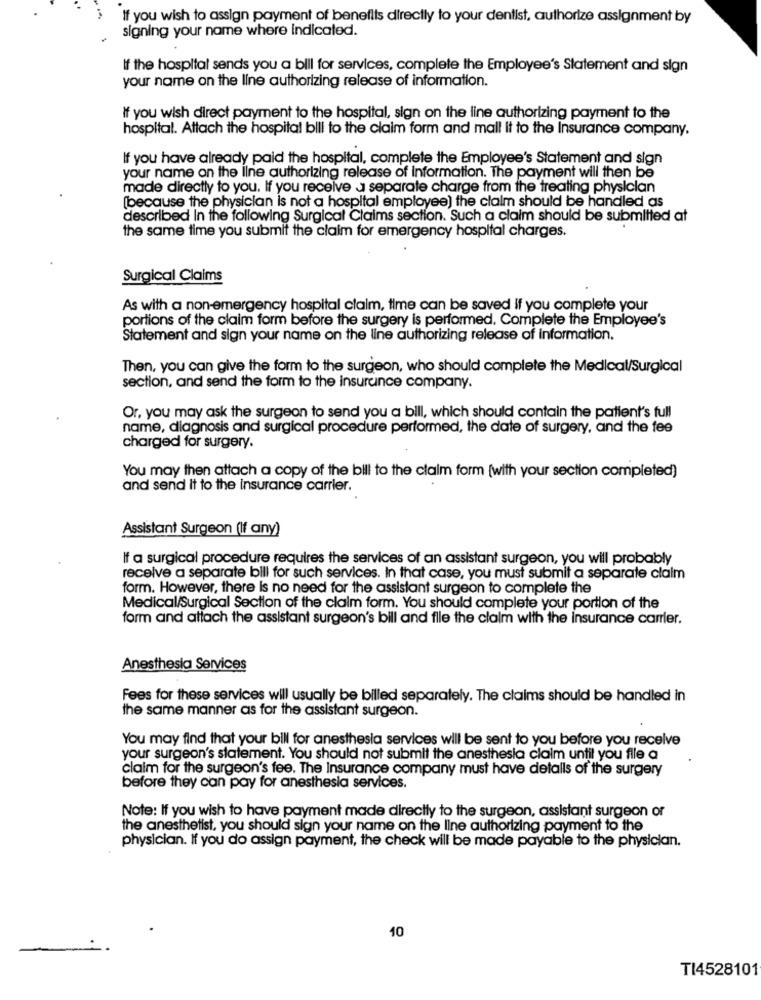
If you wish to assign payment of benefits directly to your dentist, authorize assignment by
signing your name where indicated.
If the hospital sends you a bill for services, complete the Employee's Statement and sign
your name on the line authorizing release of information.
If you wish direct payment to the hospital, sign on the line authorizing payment to the
hospital. Attach the hospital bill to the claim form and mall it to the Insurance company.
If you have already paid the hospital, complete the Employee's Statement and sign
your name on the line authorizing release of information. The payment will then be
made directly to you. If you receive a separate charge from the treating physician
(because the physician is not a hospital employee) the claim should be handled as
described In the following Surgical Claims section. Such a claim should be submitted at
the same time you submit the claim for emergency hospital charges.
Surgical Claims
As with a non-emergency hospital claim, time can be saved if you complete your
portions of the claim form before the surgery is performed. Complete the Employee's
Statement and sign your name on the line authorizing release of information.
Then, you can give the form to the surgeon, who should complete the Medical/Surgical
section, and send the form to the insurance company.
Or, you may ask the surgeon to send you a bill, which should contain the patient's full
name, diagnosis and surgical procedure performed, the date of surgery, and the fee
charged for surgery.
You may then attach a copy of the bill to the claim form [with your section completed)
and send it to the insurance carrier.
Assistant Surgeon (If any)
If a surgical procedure requires the services of an assistant surgeon, you will probably
receive a separate bill for such services. In that case, you must submit a separate claim
form. However, there is no need for the assistant surgeon to complete the
Medical/Surgical Section of the claim form. You should complete your portion of the
form and attach the assistant surgeon's bill and file the claim with the insurance carrier.
Anesthesia Services
Fees for these services will usually be billed separately. The claims should be handled in
the same manner as for the assistant surgeon.
You may find that your bill for anesthesia services will be sent to you before you receive
your surgeon's statement. You should not submit the anesthesia claim until you file a
claim for the surgeon's fee. The Insurance company must have details of the surgery
before they can pay for anesthesia services.
Note: If you wish to have payment made directly to the surgeon, assistant surgeon or
the anesthetist, you should sign your name on the line authorizing payment to the
physician. If you do assign payment, the check will be made payable to the physician.
10
TI4528101